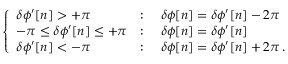
\left\{ \begin{array} { l l } { \delta \phi ^ { \prime } [ n ] > + \pi } & { : \quad \delta \phi [ n ] = \delta \phi ^ { \prime } [ n ] - 2 \pi } \\ { - \pi \leq \delta \phi ^ { \prime } [ n ] \leq + \pi } & { : \quad \delta \phi [ n ] = \delta \phi ^ { \prime } [ n ] } \\ { \delta \phi ^ { \prime } [ n ] < - \pi } & { : \quad \delta \phi [ n ] = \delta \phi ^ { \prime } [ n ] + 2 \pi \, . } \end{array} \right.